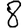
Digit: 8